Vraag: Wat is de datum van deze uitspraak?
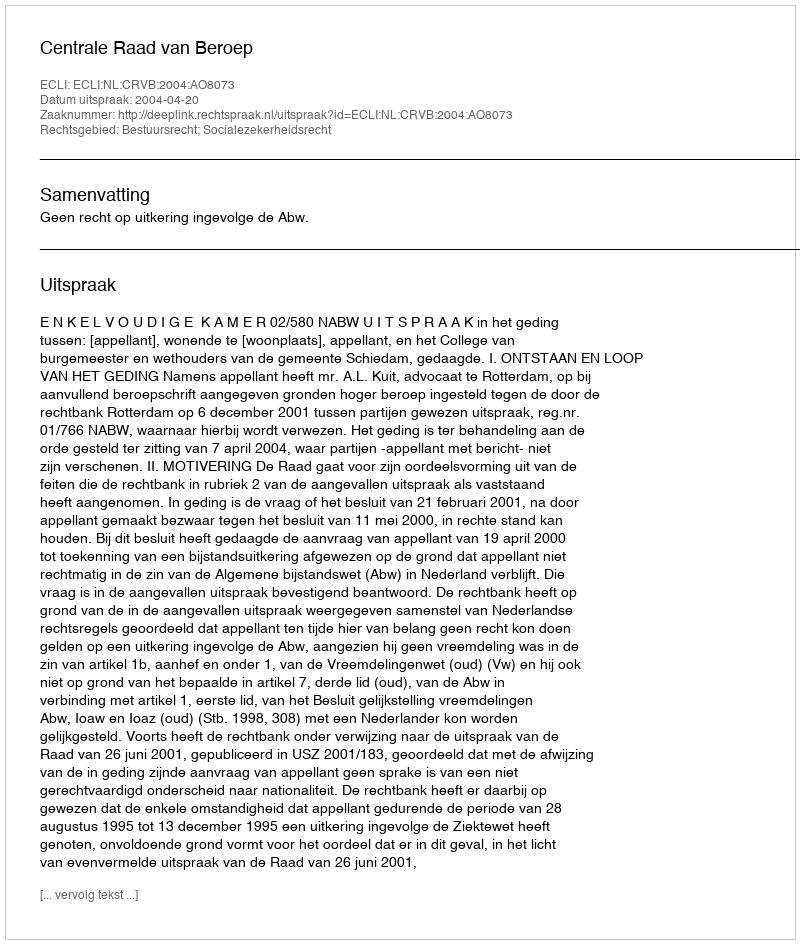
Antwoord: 2004-04-20